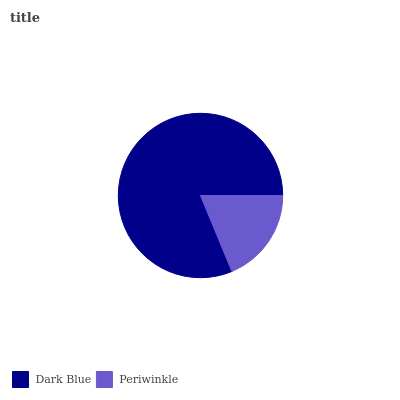
| Dark Blue | Periwinkle |
 | --- | --- |
 | 81.2% | 18.8% |